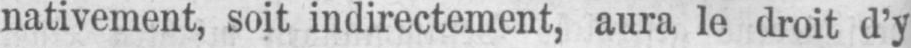
nativement, soit indirectement, aura le droit d’y